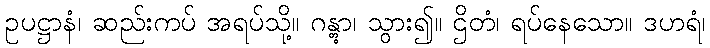
ဥပဋ္ဌာနံ၊ ဆည်းကပ် အရပ်သို့။ ဂန္တွာ၊ သွား၍။ ဌိတံ၊ ရပ်နေသော။ ဒဟရံ၊